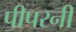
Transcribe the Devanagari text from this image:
पीपरनी